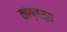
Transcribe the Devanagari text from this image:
कांग्नर्स